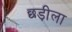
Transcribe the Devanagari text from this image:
छड़ीला